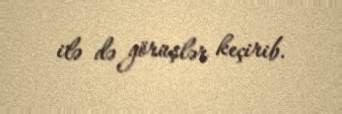
ilə də görüşlər keçirib.